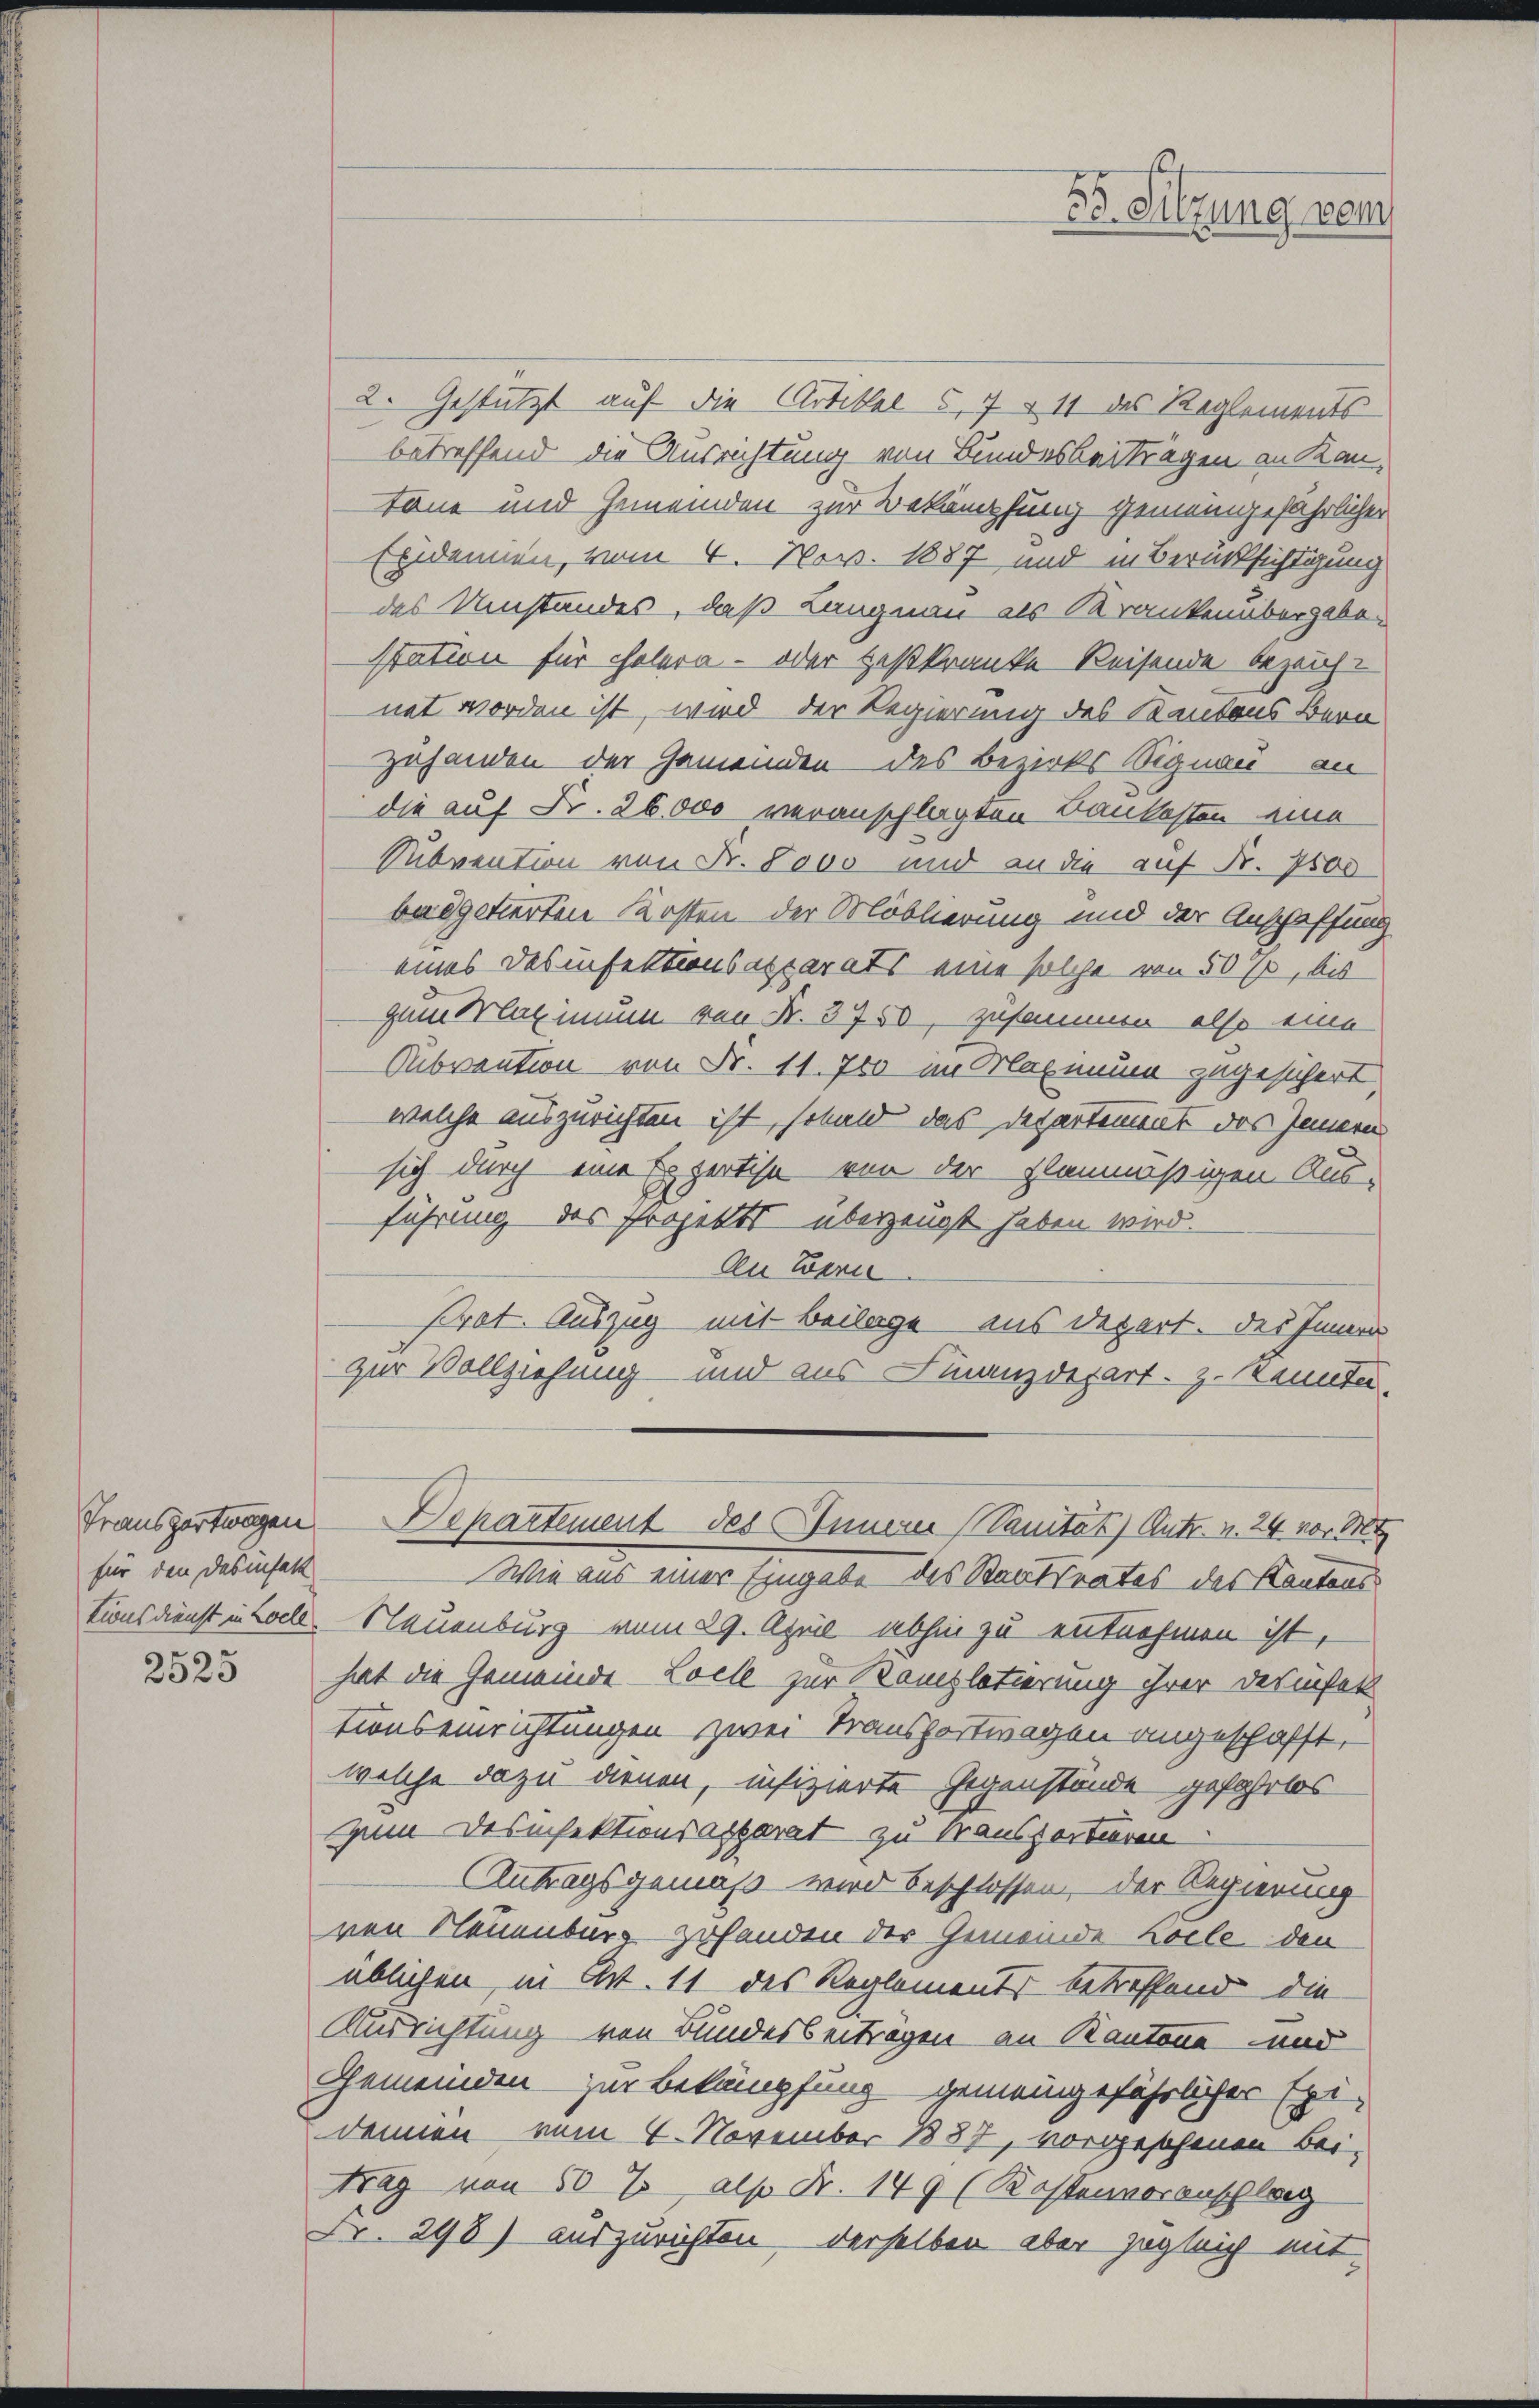
für den das infett

2525

2. Gestützt auf die Artikel u. 7 § 11 des Reglements
betreffend die Ausrichtung von Bundesbeiträgen an Kan-
töne und Gemeinden zur Bekämpfung gemeingefährlicher
Ebidemien, vom 4. Nov. 1887 und in Berücksichtigung
des Umstandes, daß Langnau als Krankenübergabe-
station für Thalera - oder Heßkranke Reisende bezeichnet worden ist, wird der Regierung des Kantons Bern
zuhanden der Gemeinden des Bezirks Signau an
die auf Fr. 26000 veranschlagten Dankosten eine
Subvention von Fr. 8000 und an die auf Fr. 7500
bedgetierten Kosten der Moblierung und der Anschaffung
eines des infektionsapparats eine solche von 50 %, bis
gumdlaximum von Fr. 3750, zusammen also eine
Subvention von Fr. 11. 750 im Maximum zugesichert,
welche auszurichten ist, sobald das Departement des Innern
sich durch eine Expertise von der planmäßigen Aus-
führung des Projekts überzeugt haben wird.
An Eern
Pret. Auszug mit Beilage aus depert. des Innern
zur Vollziehung und aus Finanzdepart z. Kennten.
Transportwagen Departement des Innerer Sanität) Antr. v. 24 vor M
Wie aus einer Eingabe des Staatsrates des Kantons
tionsdienst in Hall. Neuenburg vom 29. April abhin zu entnehmen ist,
hat die Gemeinde Loele zur Kompletierung ihrer Desinfek
tionseinrichtungen zwei Transportwagen angeschafft.
welche dazu dienen, infizierte Gegenstände gefahrlos
zum Desinfektionsapparat zu transportieren
Antragsgemäß wird beschlossen, der Regierung
ren Neuenburg gehanden der Gemeinde Kolle den
üblichen, in Art. 11 des Reglements betreffend die
Ausrichtung von Bundesbeiträgen an Kantone und
Gemeinden zur Bekämpfung gemeingefährlicher Exi-
denien vom 4. November 1887, vorgeschenen bei,
trag von 50 %, also Fr. 149 (Kostenvoranschlag
Fr. 298) auszurichten derselben aber zugleich mit¬

F. Sitzung vom